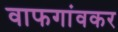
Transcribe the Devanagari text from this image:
वाफगांवकर